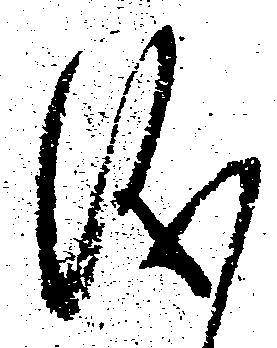
儀